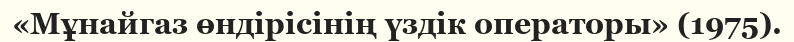
«Мұнайгаз өндірісінің үздік операторы» (1975).